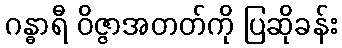
ဂန္ဓာရီ ဝိဇ္ဇာအတတ်ကို ပြဆိုခန်း